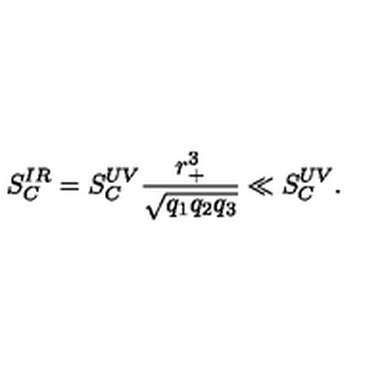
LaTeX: S _ { C } ^ { I R } = S _ { C } ^ { U V } \frac { r _ { + } ^ { 3 } } { \sqrt { q _ { 1 } q _ { 2 } q _ { 3 } } } \ll S _ { C } ^ { U V } .